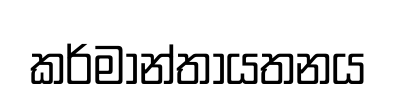
කර්මාන්තායතනය